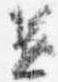
兼